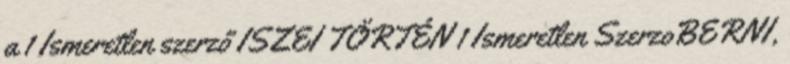
a 1 Ismeretlen szerző ISZEI TÖRTÉN 1 Ismeretlen SzerzoBERNI,